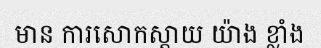
មាន ការសោកស្តាយ យ៉ាង ខ្លាំង